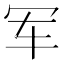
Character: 军